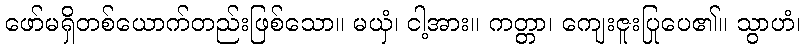
ဖော်မရှိတစ်ယောက်တည်းဖြစ်သော။ မယှံ၊ ငါ့အား။ ကတ္တာ၊ ကျေးဇူးပြုပေ၏။ သွာဟံ၊